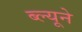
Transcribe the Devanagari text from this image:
ब्ल्यूने